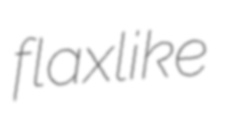
flaxlike